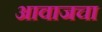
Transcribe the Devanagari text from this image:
आवाजचा